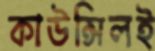
কাউন্সিলই